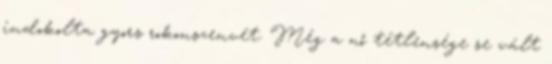
indokolta gyors rokonszenvét. Még a nő tétlensége se vált